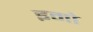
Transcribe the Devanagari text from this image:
इमो